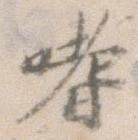
嗜